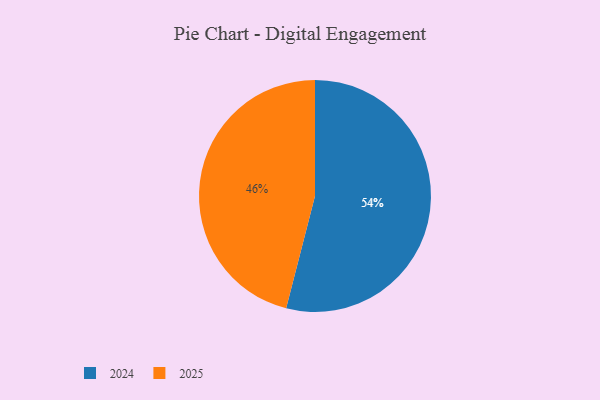
{"axis": {"x": "Category", "y": "Percentage"}, "legend": ["2024", "2025"], "data": [{"x": "2025", "y": 46, "type": "2025"}, {"x": "2024", "y": 54, "type": "2024"}]}